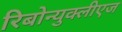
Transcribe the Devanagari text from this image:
रिबोन्युक्लीएज